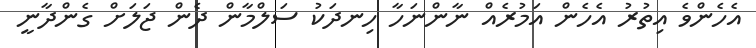
އެހެންވެ އިތުރު އެހެން އަމުރެއް ނާންނަހާ ހިނދަކު ސަލްމާން ދެން ޖަލަށް ގެންދާނީ